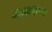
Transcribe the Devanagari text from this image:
नाटकाकाच्या